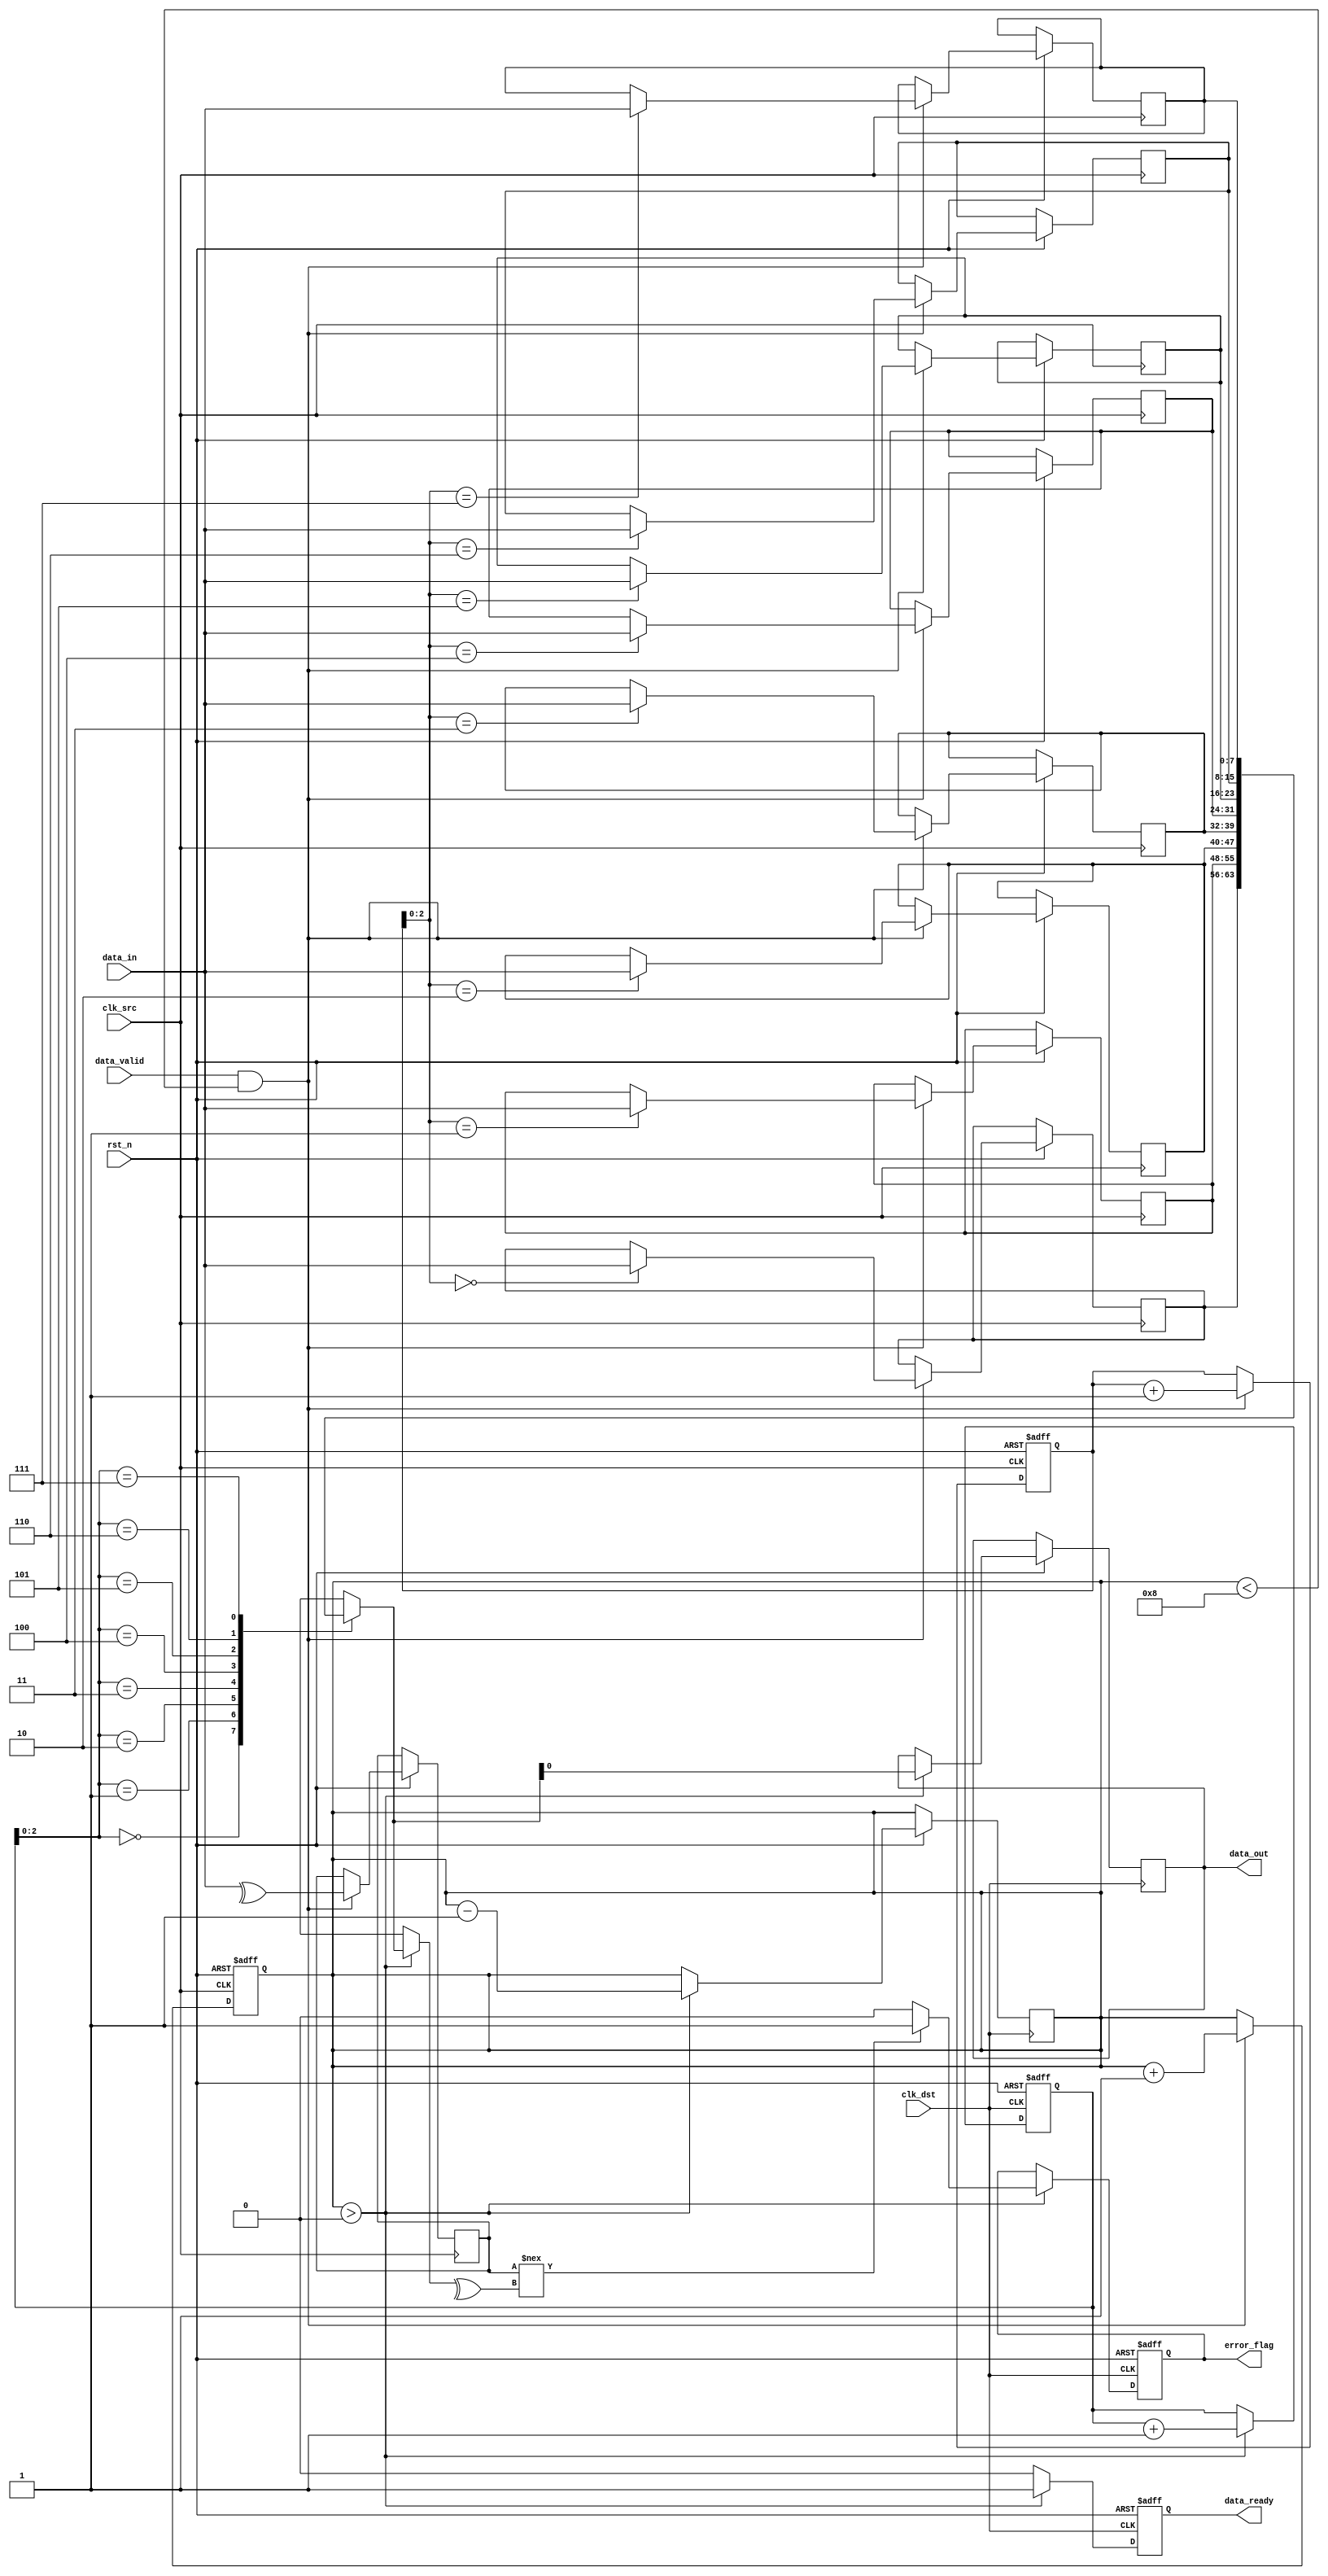
module cdc_memory (
    input wire clk_src,        // Source clock
    input wire clk_dst,        // Destination clock
    input wire rst_n,          // Active low reset
    input wire [7:0] data_in,  // Data input from source domain
    input wire data_valid,      // Data valid signal from source
    output reg data_out,       // Data output to destination domain
    output reg error_flag,     // Error detection flag
    output reg data_ready      // Data ready signal for destination
);

// Parameters
parameter FIFO_DEPTH = 8;
parameter DATA_WIDTH = 8;

// FIFO structure
reg [DATA_WIDTH-1:0] fifo_mem [0:FIFO_DEPTH-1];
reg [3:0] wr_ptr;
reg [3:0] rd_ptr;
reg [3:0] fifo_count;

// Parity generation
reg parity_bit;

// Synchronization FIFO write logic
always @(posedge clk_src or negedge rst_n) begin
    if (~rst_n) begin
        wr_ptr <= 0;
        fifo_count <= 0;
    end else if (data_valid && (fifo_count < FIFO_DEPTH)) begin
        fifo_mem[wr_ptr] <= data_in;
        parity_bit <= ^data_in; // Generate parity for the data
        wr_ptr <= wr_ptr + 1;
        fifo_count <= fifo_count + 1;
    end
end

// Synchronization FIFO read logic
always @(posedge clk_dst or negedge rst_n) begin
    if (~rst_n) begin
        rd_ptr <= 0;
        data_ready <= 0;
        error_flag <= 0;
    end else if (fifo_count > 0) begin
        data_out <= fifo_mem[rd_ptr];
        // Check parity
        if (parity_bit !== ^fifo_mem[rd_ptr]) begin
            error_flag <= 1;  // Set error flag if parity mismatch
        end else begin
            error_flag <= 0;  // Reset error flag if no error
        end
        rd_ptr <= rd_ptr + 1;
        fifo_count <= fifo_count - 1;
        data_ready <= 1; // Signal data is ready to be read
    end else begin
        data_ready <= 0; // Signal no data ready
    end
end

endmodule